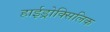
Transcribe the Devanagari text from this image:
हाईड्रोक्सिलिक